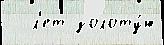
  л'ет золоту́ю